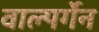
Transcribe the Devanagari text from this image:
वाल्पर्गेन